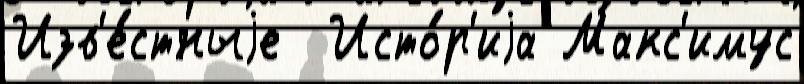
Изв'е́стныjе  Исто́р'иjа Макс'имус